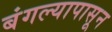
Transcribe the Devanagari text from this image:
बंगल्यापासून